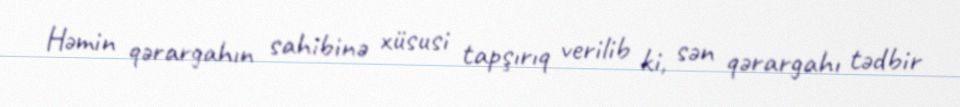
Həmin qərargahın sahibinə xüsusi tapşırıq verilib ki, sən qərargahı tədbir